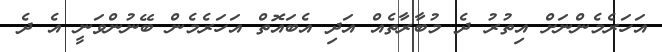
އަހަރެމެންނަށް އިތުރު ދެ މުބާރާތެއް އަދި އެބައޮތް އަހަރެމެން ބޭނުންވަނީ އެ ދެ